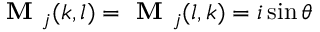
\textbf { M } _ { j } ( k , l ) = \textbf { M } _ { j } ( l , k ) = i \sin \theta